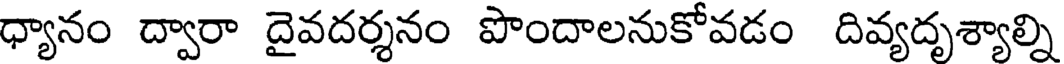
ధ్యానం ద్వారా దైవదర్శనం పొందాలనుకోవడం దివ్యదృశ్యాల్ని